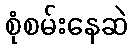
စုံစမ်းနေဆဲ